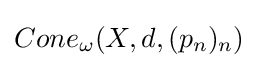
Cone_{\omega }(X,d,(p_{n})_{n})